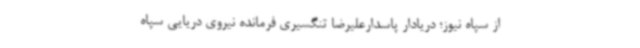
از سپاه نیوز؛ دریادار پاسدارعلیرضا تنگسیری فرمانده نیروی دریایی سپاه